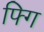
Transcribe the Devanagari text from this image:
फ्गि